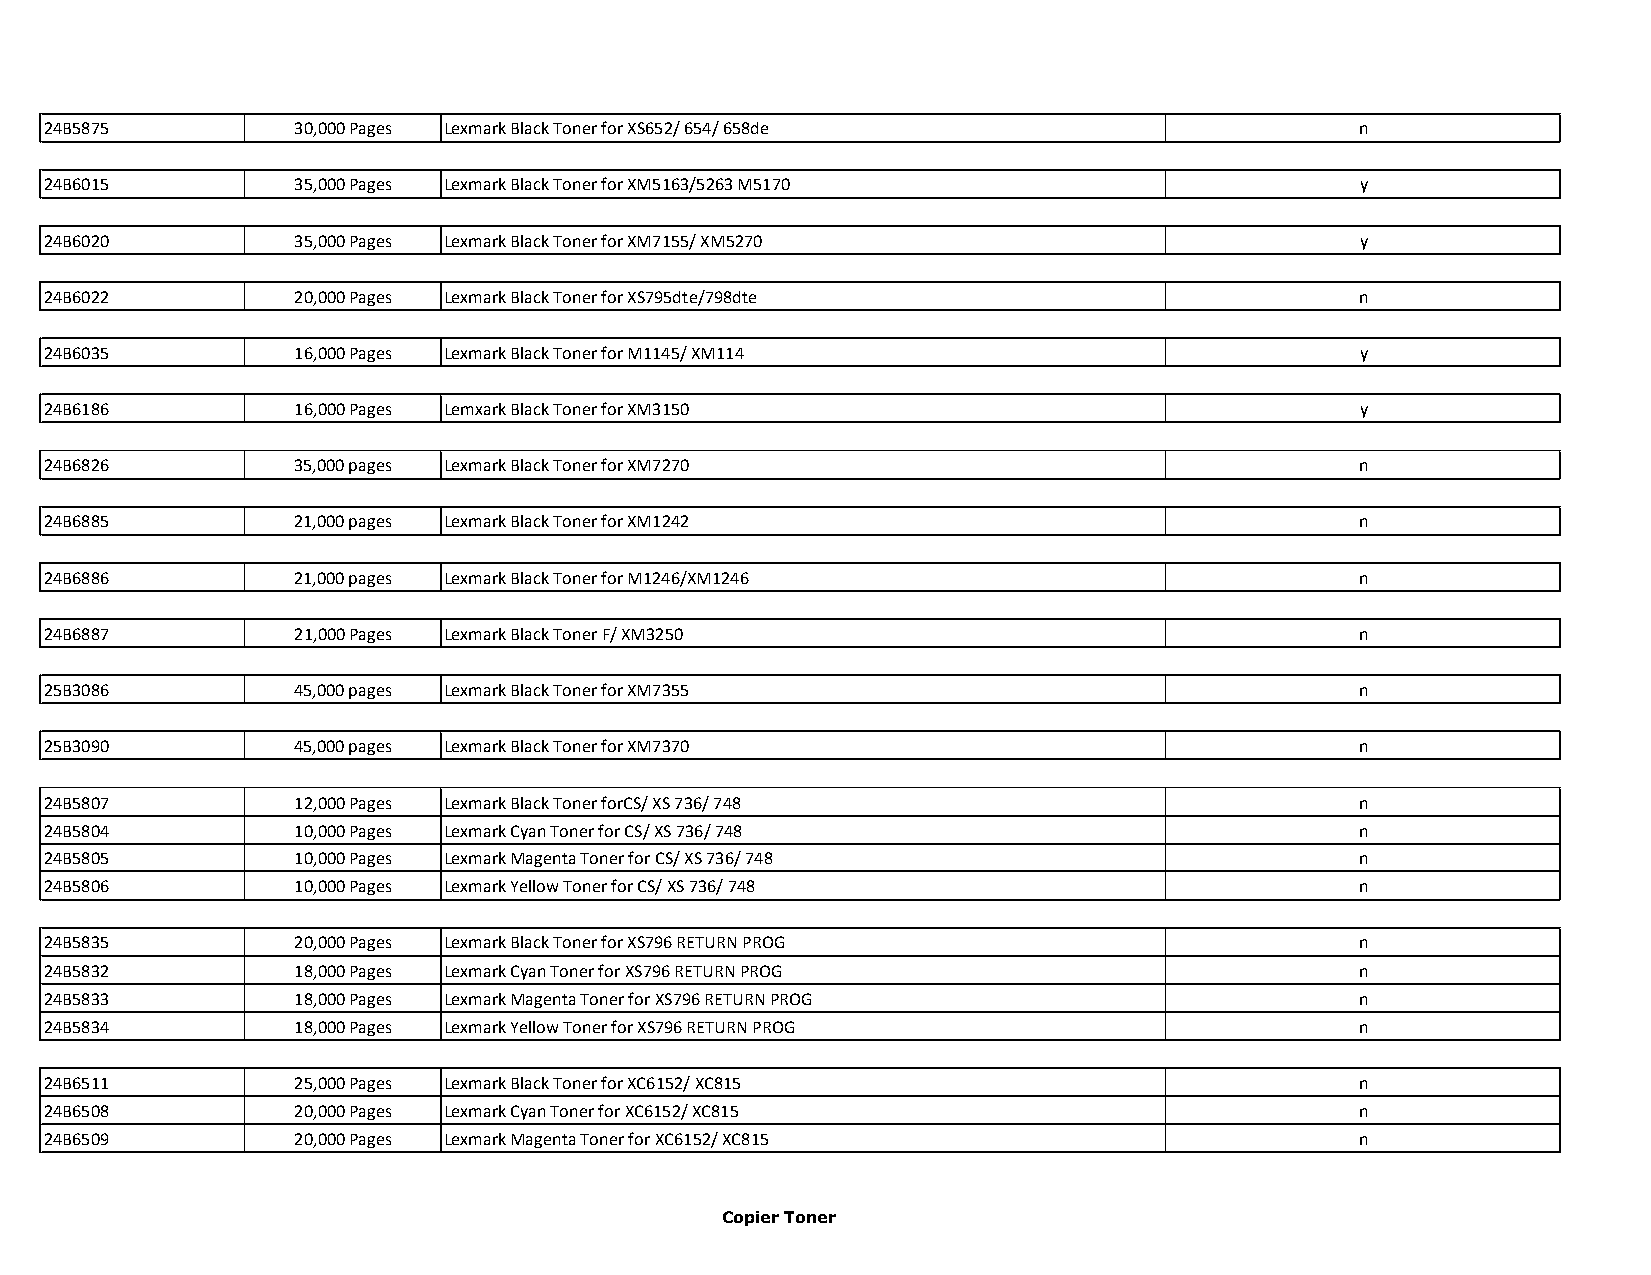
24B5875         30,000 Pages Lexmark Black Toner for XS652/ 654/ 658de                 n
 24B6015         35,000 Pages Lexmark Black Toner for XM5163/5263 M5170                 y
 24B6020         35,000 Pages Lexmark Black Toner for XM7155/ XM5270                    y
 24B6022         20,000 Pages Lexmark Black Toner for XS795dte/798dte                   n
 24B6035         16,000 Pages Lexmark Black Toner for M1145/ XM114                      y
 24B6186         16,000 Pages Lemxark Black Toner for XM3150                            y
 24B6826         35,000 pages Lexmark Black Toner for XM7270                            n
 24B6885         21,000 pages Lexmark Black Toner for XM1242                            n
 24B6886         21,000 pages Lexmark Black Toner for M1246/XM1246                      n
 24B6887         21,000 Pages Lexmark Black Toner F/ XM3250                             n
 25B3086         45,000 pages Lexmark Black Toner for XM7355                            n
 25B3090         45,000 pages Lexmark Black Toner for XM7370                            n
 24B5807         12,000 Pages Lexmark Black Toner forCS/ XS 736/ 748                    n
 24B5804         10,000 Pages Lexmark Cyan Toner for CS/ XS 736/ 748                    n
 24B5805         10,000 Pages Lexmark Magenta Toner for CS/ XS 736/ 748                 n
 24B5806         10,000 Pages Lexmark Yellow Toner for CS/ XS 736/ 748                  n
 24B5835         20,000 Pages Lexmark Black Toner for XS796 RETURN PROG                 n
 24B5832         18,000 Pages Lexmark Cyan Toner for XS796 RETURN PROG                  n
 24B5833         18,000 Pages Lexmark Magenta Toner for XS796 RETURN PROG               n
 24B5834         18,000 Pages Lexmark Yellow Toner for XS796 RETURN PROG                n
 24B6511         25,000 Pages Lexmark Black Toner for XC6152/ XC815                     n
 24B6508         20,000 Pages Lexmark Cyan Toner for XC6152/ XC815                      n
 24B6509         20,000 Pages Lexmark Magenta Toner for XC6152/ XC815                   n
 Copier Toner